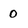
Character: 0